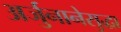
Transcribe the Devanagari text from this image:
अर्जुनानेसुद्धा